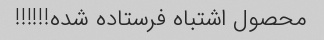
محصول اشتباه فرستاده شده!!!!!!